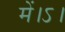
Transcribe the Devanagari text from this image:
में।ऽ।